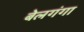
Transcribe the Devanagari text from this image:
बेलगंगा